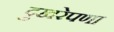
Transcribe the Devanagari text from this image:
दुखरेपणा